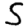
Digit: 5